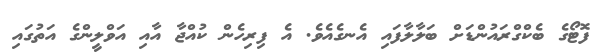
ފޮޓޯގެ ބެކްގްރައުންޑަށް ބަލާލާފައި އެނގެއެވެ. އެ ފިރިހެން ކުއްޖާ އާއި އަވްލީންގެ އަތުގައި